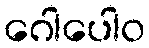
ဂေါပေါဝ